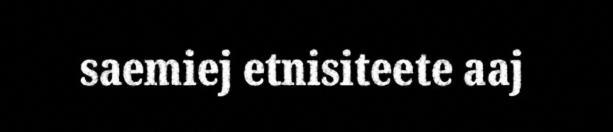
saemiej etnisiteete aaj